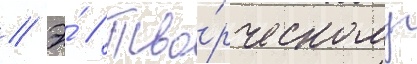
// Э́ // Тво́рческому